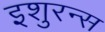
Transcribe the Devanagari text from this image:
इशुरन्स